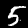
Label: 5